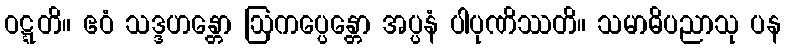
ဝဋ္ဋတိ။ ဧဝံ သဒ္ဒဟန္တော ဩကပ္ပေန္တော အပ္ပနံ ပါပုဏိဿတိ။ သမာဓိပညာသု ပန